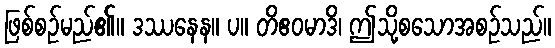
ဖြစ်စဉ်မည်၏။ ဒဿနေန။ ပ။ တိဧဝမာဒိ၊ ဤသို့စသောအစဉ်သည်။